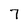
Character: 7